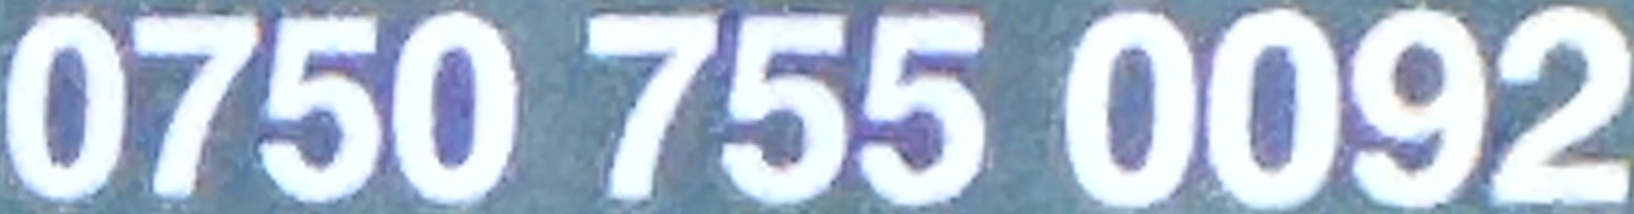
0750 755 0092